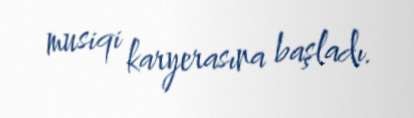
musiqi karyerasına başladı.